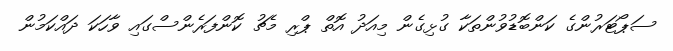
ސަޕޯޓަރުންގެ ކަންބޮޑުވުންތަކާ ގުޅިގެން މިއަދު އޮތް ޕްރި މެޗު ކޮންފަރެންސްގައި ވާހަކަ ދައްކަމުން